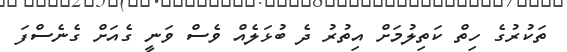
ތަކުރުގެ ހިތް ކަތިލުމަށް އިތުރު ދެ ބުޅަލެއް ވެސް ވަނީ ގެއަށް ގެނެސްފަ